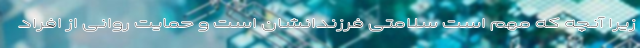
زیرا آنچه که مهم است سلامتی فرزندانشان است و حمایت روانی از افراد